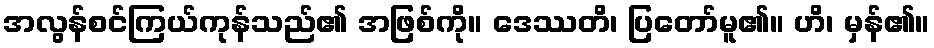
အလွန်စင်ကြယ်ကုန်သည်၏ အဖြစ်ကို။ ဒေဿတိ၊ ပြတော်မူ၏။ ဟိ၊ မှန်၏။